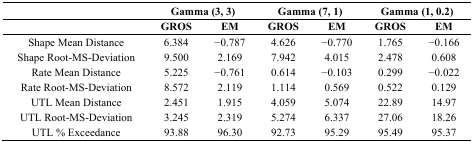
|  | <COLSPAN=2> Gamma (3, 3) | <COLSPAN=2> Gamma (7, 1) | <COLSPAN=2> Gamma (1, 0.2) |
 |  | GROS | EM | GROS | EM | GROS | EM |
 | --- | --- | --- | --- | --- | --- | --- |
 | Shape Mean Distance | 6.384 | −0.787 | 4.626 | −0.770 | 1.765 | −0.166 |
 | Shape Root-MS-Deviation | 9.500 | 2.169 | 7.942 | 4.015 | 2.478 | 0.608 |
 | Rate Mean Distance | 5.225 | −0.761 | 0.614 | −0.103 | 0.299 | −0.022 |
 | Rate Root-MS-Deviation | 8.572 | 2.119 | 1.114 | 0.569 | 0.522 | 0.129 |
 | UTL Mean Distance | 2.451 | 1.915 | 4.059 | 5.074 | 22.89 | 14.97 |
 | UTL Root-MS-Deviation | 3.245 | 2.319 | 5.274 | 6.337 | 27.06 | 18.26 |
 | UTL % Exceedance | 93.88 | 96.30 | 92.73 | 95.29 | 95.49 | 95.37 |